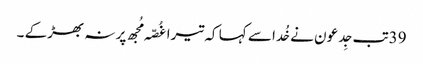
39تب جِدعو ن نے خُدا سے کہا کہ تیرا غُصّہ مُجھ پر نہ بھڑکے ۔